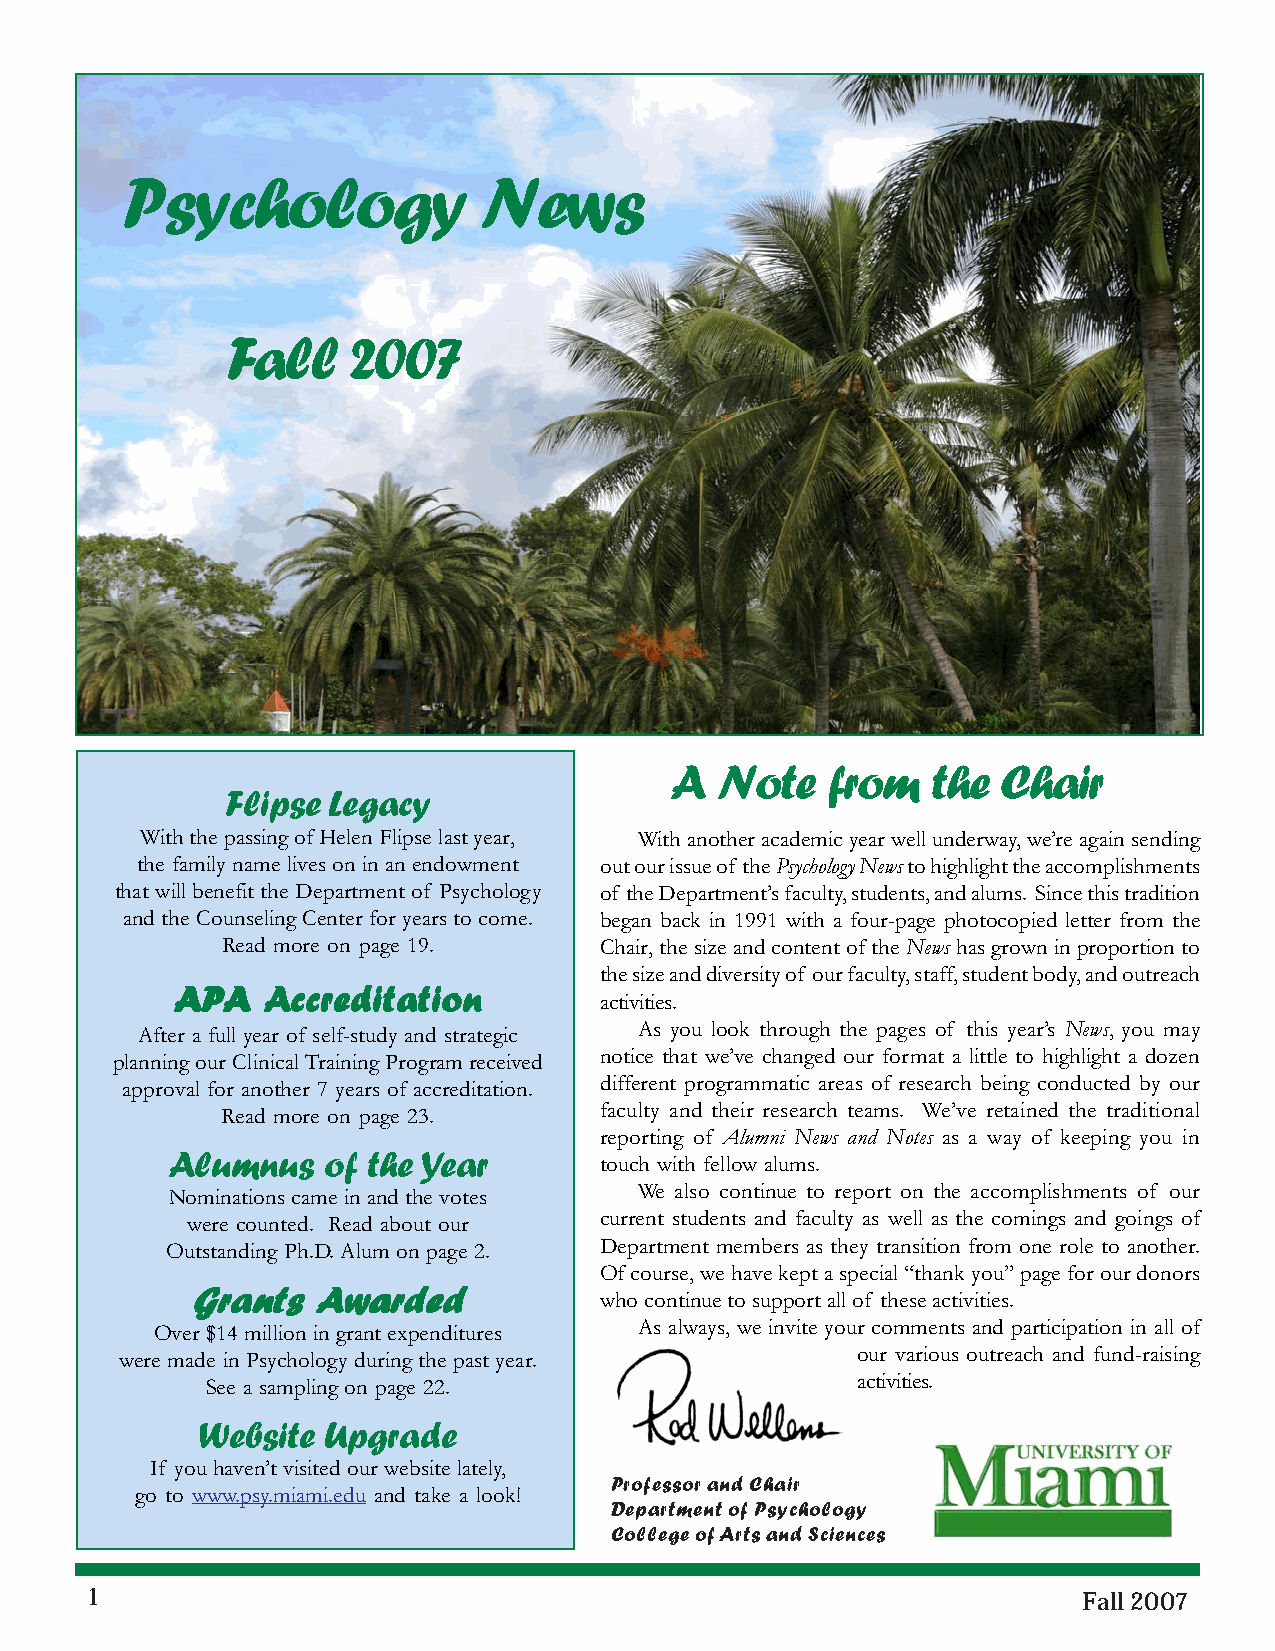
Psychology              News
 Fall    2007
 A  Note    from   the Chair
 Flipse Legacy
 With the passing of Helen Flipse last year, With another academic year well underway, we’re again sending
 the family name lives on in an endowment out our issue of the Psychology News to highlight the accomplishments
 that will benefit the Department of Psychology of the Department’s faculty, students, and alums. Since this tradition
 and the Counseling Center for years to come. began back in 1991 with a four-page photocopied letter from the
 Read more on page 19.    Chair, the size and content of the News has grown in proportion to
 the size and diversity of our faculty, staff, student body, and outreach
 AAAAAPPPPPAAAAA AAAAAccccccccccrrrrreeeeedddddiiiiitttttaaaaatttttiiiiiooooonnnnn
 activities.
 After a full year of self-study and strategic As you look through the pages of this year’s News, you may
 planning our Clinical Training Program received notice that we’ve changed our format a little to highlight a dozen
 approval for another 7 years of accreditation. different programmatic areas of research being conducted by our
 Read more on page 23.    faculty and their research teams. We’ve retained the traditional
 reporting of Alumni News and Notes as a way of keeping you in
 Alumnus   of the Year
 touch with fellow alums.
 Nominations came in and the votes We also continue to report on the accomplishments of our
 were counted. Read about our current students and faculty as well as the comings and goings of
 Outstanding Ph.D. Alum on page 2. Department members as they transition from one role to another.
 Of course, we have kept a special “thank you” page for our donors
 GGGGGrrrrraaaaannnnntttttsssss AAAAAwwwwwaaaaarrrrrdddddeeeeeddddd
 who continue to support all of these activities.
 Over $14 million in grant expenditures As always, we invite your comments and participation in all of
 were made in Psychology during the past year.    our various outreach and fund-raising
 See a sampling on page 22.                 activities.
 Website Upgrade
 If you haven’t visited our website lately,
 Professor and Chair
 go to www.psy.miami.edu and take a look!
 Department of Psychology
 College of Arts and Sciences
 1                                                                 Fall 2007